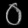
Digit: ၀